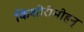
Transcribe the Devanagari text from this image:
किशोरीमोहन्